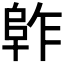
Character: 𱀈